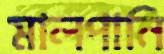
মালপানি